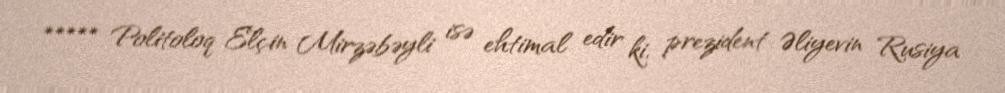
***** Politoloq Elçin Mirzəbəyli isə ehtimal edir ki, prezident Əliyevin Rusiya